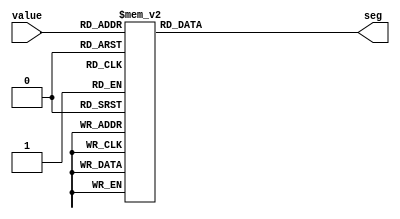
module LEDDisplay #(
	parameter segment_num = 7,
	parameter n = 4
)(
	input wire [n-1:0] value, 
	output reg [segment_num-1:0] seg 
);

always @ (value) begin
	case(value)
		0: seg = 7'b0000001;
		1: seg = 7'b1001111;
		2: seg = 7'b0010010;
		3: seg = 7'b0000110;
		4: seg = 7'b1001100;
		5: seg = 7'b0100100;
		6: seg = 7'b0100000;
		7: seg = 7'b0001111;
		8: seg = 7'b0000000;
		9: seg = 7'b0000100;
		default: seg = 7'b1111111;
	endcase
end

endmodule